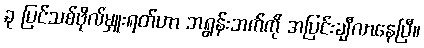
ခု ပြင်သစ်ဗိုလ်မှူးရတ်ဟာ ဘရွန်းဘက်ကို အပြင်းချီလာနေပြီ။